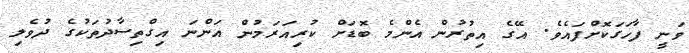
ވަނީ ފާހަގަކޮށްފައެވެ. އޭގެ އިތުރުން އެންމެ ބޮޑަށް ކުރިއަރަމުން އަންނަ އިގްތިސާދުތަކުގެ ދުވެލި